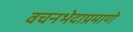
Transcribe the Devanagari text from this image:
वचनभेदाप्रमाणे